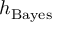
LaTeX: h _ { \mathrm { B a y e s } }